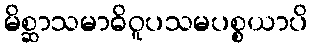
မိစ္ဆာသမာဓိဝူပသမပစ္စယာပိ